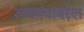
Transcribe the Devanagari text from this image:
अवयवाबद्दल